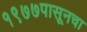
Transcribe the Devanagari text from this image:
१९७७पासूनचा